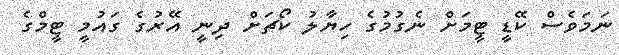
ނަމަވެސް ކޭޑީ ޓީމަށް ނެގުމުގެ ހިޔާލު ކޯޗަށް ދިނީ އޭރުގެ ގައުމީ ޓީމްގެ